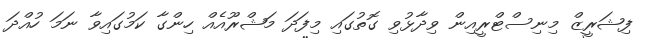
ފިޝަރީޒް މިނިސްޓްރީއިން ވިދާޅުވި ގޮތުގައި މިފަދަ މަޝްރޫއެއް ހިންގާ ކަމުގައިވާ ނަމަ ހުއްދަ